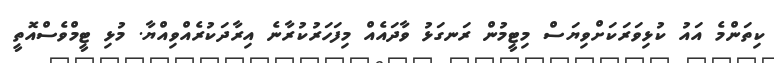
ކިތަންމެ އައު ކުޅިވަރަކަށްވިޔަސް މިޓީމުން ރަނގަޅު ވާދައެއް މިފަހަރުކުރާނެ އިރާދަކުރެއްވިއްޔާ. މުޅި ޓީމްވެސްއޮތީ